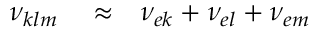
\begin{array} { r l r } { \nu _ { k l m } } & { { } \approx } & { \nu _ { e k } + \nu _ { e l } + \nu _ { e m } } \end{array}